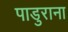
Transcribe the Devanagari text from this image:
पाडुराना